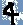
Text: 4